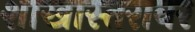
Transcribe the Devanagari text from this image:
शाखास्तरावर